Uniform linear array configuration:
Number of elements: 12
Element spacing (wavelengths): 0.75
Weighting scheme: hamming
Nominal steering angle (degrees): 30
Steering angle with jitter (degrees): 29.497
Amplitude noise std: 0.05
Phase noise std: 0.05

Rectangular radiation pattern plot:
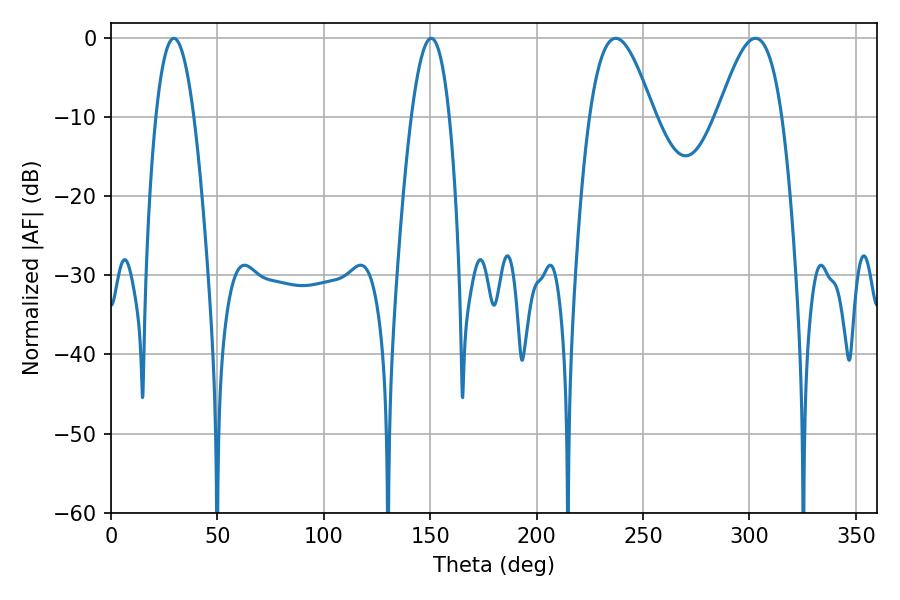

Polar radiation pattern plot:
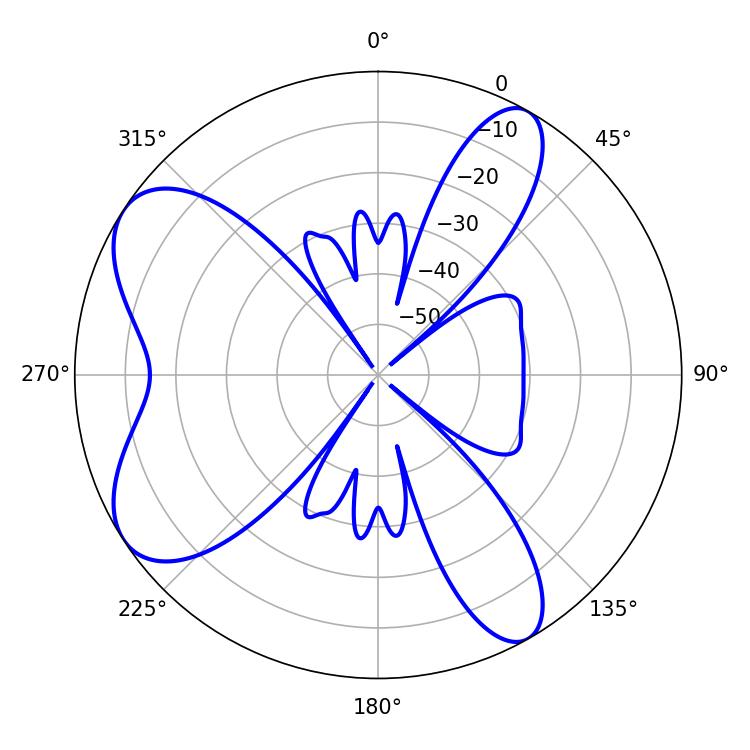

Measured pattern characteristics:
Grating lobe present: TRUE
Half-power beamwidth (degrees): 9.72
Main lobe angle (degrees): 29.52